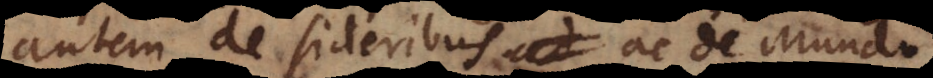
autem de sideribus ac de Mundo